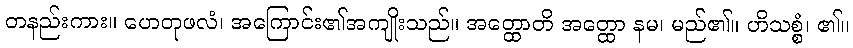
တနည်းကား။ ဟေတုဖလံ၊ အကြောင်း၏အကျိုးသည်။ အတ္ထောတိ အတ္ထော နမ၊ မည်၏။ ဟိသစ္စံ၊ ၏။